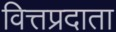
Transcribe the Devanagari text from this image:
वित्तप्रदाता